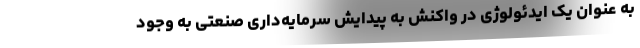
به عنوان یک ایدئولوژی در واکنش به پیدایش سرمایه‌داری صنعتی به وجود